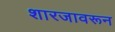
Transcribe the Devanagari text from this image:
शारजावरून